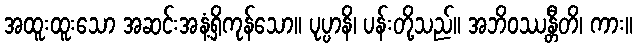
အထူးထူးသော အဆင်းအနံ့ရှိကုန်သော။ ပုပ္ပာနိ၊ ပန်းတို့သည်။ အဘိဝဿန္တီတိ၊ ကား။